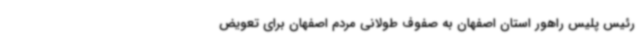
رئیس پلیس راهور استان اصفهان به صفوف طولانی مردم اصفهان برای تعویض